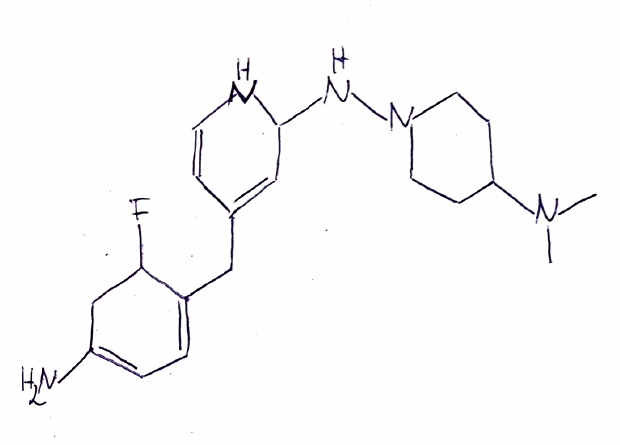
Simplified molecular-input line-entry system (SMILES) notation of the given molecule:
CN(C)C1CCN(CC1)NC2C=C(C=CN2)CC3=CC=C(CC3F)N